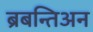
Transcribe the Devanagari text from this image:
ब्रबन्तिअन